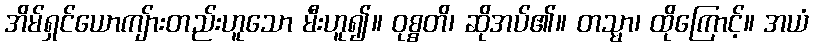
အိမ်ရှင်ယောကျ်ားတည်းဟူသော မီးဟူ၍။ ဝုစ္စတိ၊ ဆိုအပ်၏။ တသ္မာ၊ ထိုကြောင့်။ အယံ